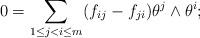
LaTeX: \begin{align*}0= \sum_{1 \leq j <i \leq m}(f_{ij}-f_{ji})\theta^j \wedge \theta^i;\end{align*}